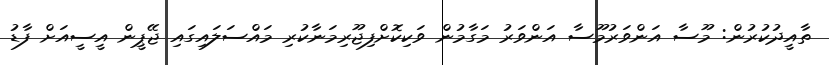
ތާއީދުކުރުން: މޫސާ އަންވަރުމޫސާ އަންވަރު މަގާމުން ވަކިކޮށްފިޖޫރިމަނާކުރި މައްސަލައިގައި ޖޭޕީން އީސީއަށް ފާޑު